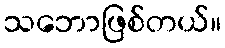
သဘောဖြစ်တယ်။